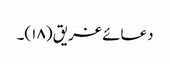
دعائے غریق (۱۸)۔